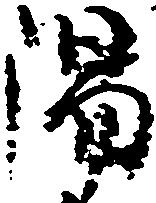
湯